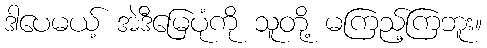
ဒါပေမယ့် အဲဒီမြေပုံကို သူတို့ မကြည့်ကြဘူး။